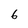
Character: 6